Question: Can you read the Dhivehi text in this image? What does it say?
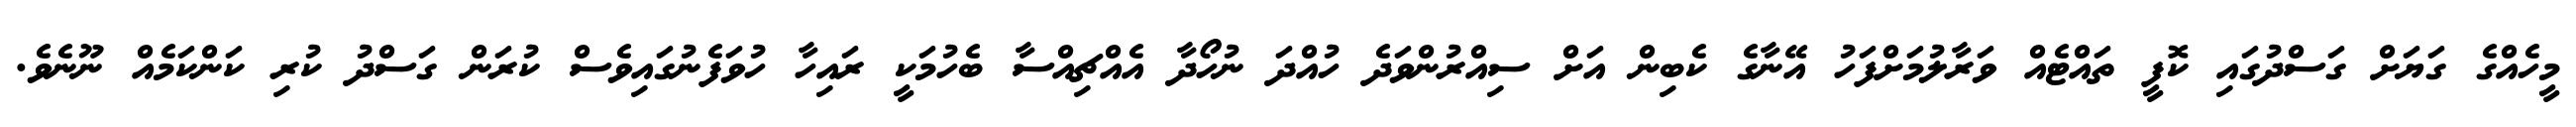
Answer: މީހެއްގެ ގަޔަށް ގަސްދުގައި ކޮފީ ތައްޓެއް ވަރާލުމަށްފަހު އޭނާގެ ކެބިން އަށް ސިއްރުންވަދެ ހުއްދަ ނުހޯދާ އެއްޗިއްސާ ބެހުމަކީ ރައިހާ ހުވަފެނުގައިވެސް ކުރަން ގަސްދު ކުރި ކަންކަމެއް ނޫނެވެ.